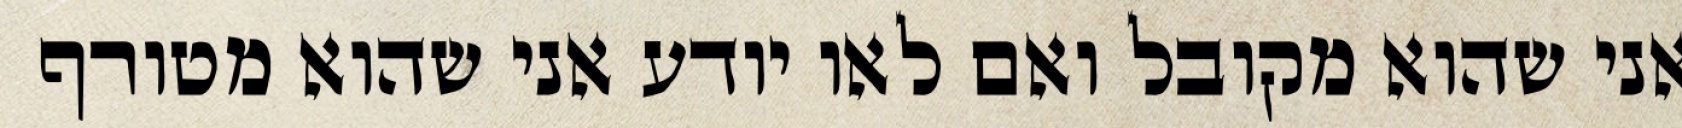
אני שהוא מקובל ואם לאו יודע אני שהוא מטורף